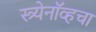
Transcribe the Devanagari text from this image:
स्त्र्येनॉव्हचा